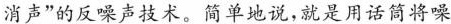
消声”的反噪声技术。简单地说，就是用话筒将噪